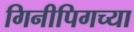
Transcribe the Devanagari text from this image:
गिनीपिगच्या